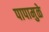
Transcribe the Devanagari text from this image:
पापामुळे